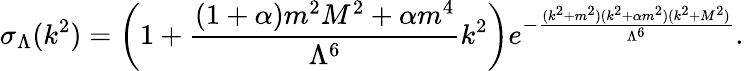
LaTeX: \sigma_{\Lambda}(k^{2})=\left(1+\frac{(1+\alpha)m^{2}M^{2}+\alpha m^{4}}{\Lambda^{6}}k^{2}\right)e^{-\frac{(k^{2}+m^{2})(k^{2}+\alpha m^{2})(k^{2}+M^{2})}{\Lambda^{6}}}.